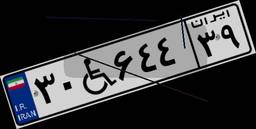
۳۰W۶۴۴۳۹